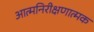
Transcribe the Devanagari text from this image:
आत्मनिरीक्षणात्मक